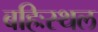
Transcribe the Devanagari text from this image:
बहिःस्थल